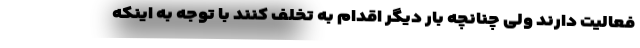
فعالیت دارند ولی چنانچه بار دیگر اقدام به تخلف کنند با توجه به اینکه